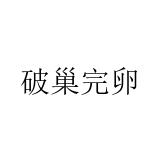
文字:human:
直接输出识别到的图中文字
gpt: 破巢完卵